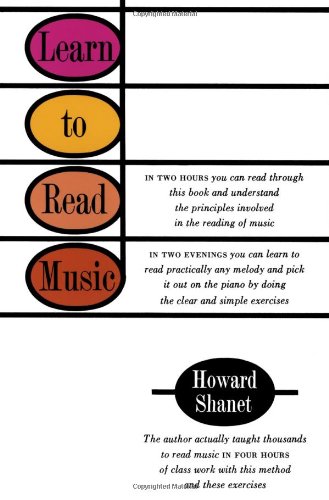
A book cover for Learn to Read Music; Howard Shanet; Arts & Photography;